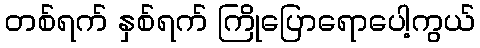
တစ်ရက် နှစ်ရက် ကြိုပြောရောပေါ့ကွယ်